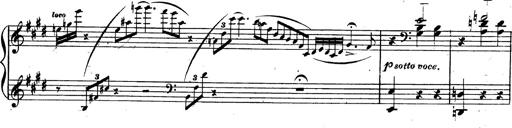
Title: 3 Caprices-Valses
Composer: Franz Liszt